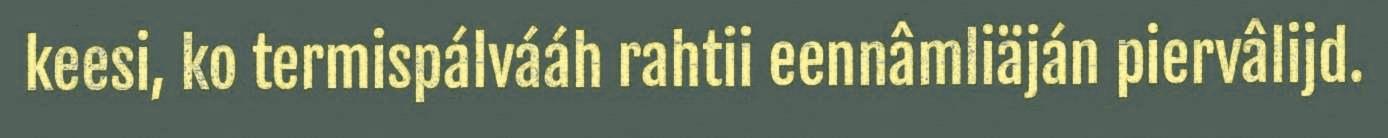
keesi, ko termispálvááh rahtii eennâmliäján piervâlijd.